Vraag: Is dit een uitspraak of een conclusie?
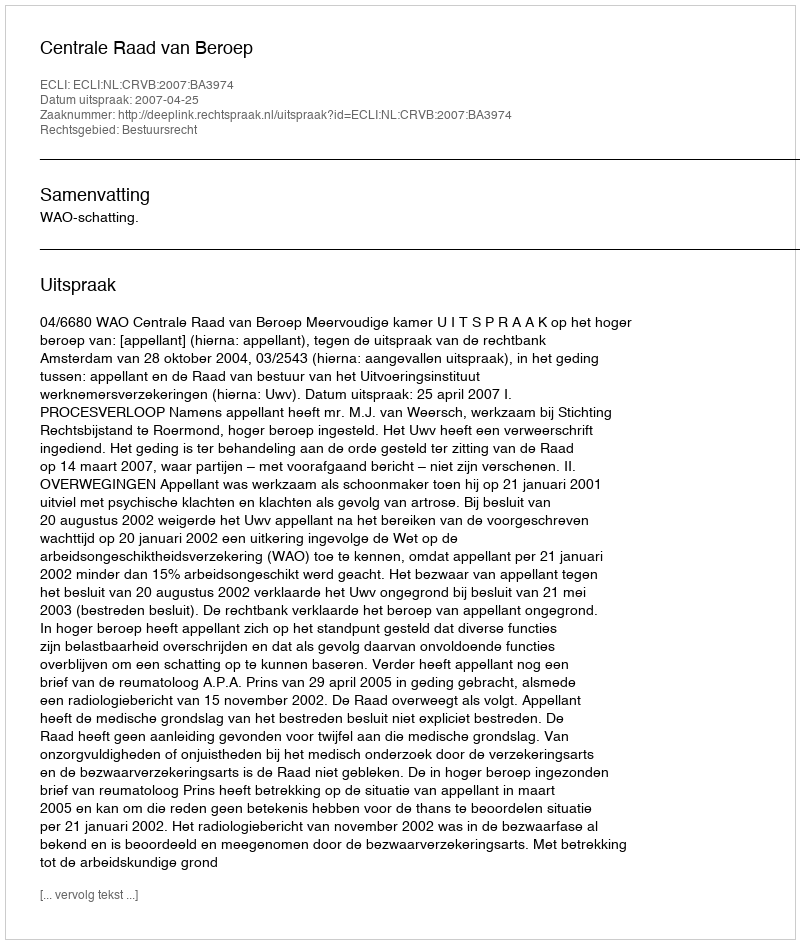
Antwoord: Uitspraak